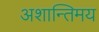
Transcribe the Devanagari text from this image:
अशान्तिमय